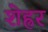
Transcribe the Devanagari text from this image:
शेह्रर